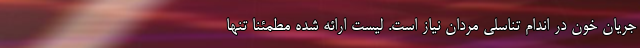
جریان خون در اندام تناسلی مردان نیاز است. لیست ارائه شده مطمئنا تنها